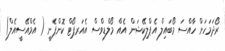
ރޯދަމަހަށް ހާއްސަ މޯބައިލް އެޕްލިކޭޝަން އެއް މޯލްޑިވްސް އެއަރޕޯޓް ކޮންޕެނީ ( އެމްއޭސީއެލް)